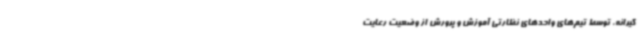
گیرانه، توسط تیم‌های واحدهای نظارتی آموزش و پرورش از وضعیت رعایت